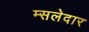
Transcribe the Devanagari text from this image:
म्सलेदार